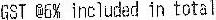
GST @6% INCLUDED IN TOTAL